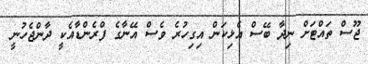
ޖޫސް ތައްޓަށް ނިދާ ބޭސް އެޅިކަން އިގިހުރެ ވެސް އޭނާގެ ފްރެންޑާއެކީ ދާންޖެހުނީ